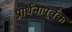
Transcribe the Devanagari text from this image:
प्रार्थनापूर्वक